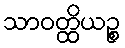
သာဝတ္ထိယဉ္စ